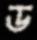
ড